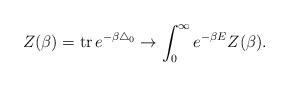
LaTeX: \begin{align*}Z(\beta)=\mbox{tr}\,e^{-\beta\triangle_0}\rightarrow\int_0^{\infty}e^{-\beta E}Z(\beta).\end{align*}